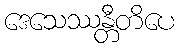
ဒေသေဿန္တီတိပေ